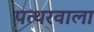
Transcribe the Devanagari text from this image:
पत्थरवाला